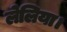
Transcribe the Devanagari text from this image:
लेलिया।